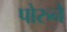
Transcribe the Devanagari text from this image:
पोरुनै